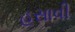
હસાવી